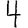
Digit: 4